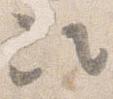
次